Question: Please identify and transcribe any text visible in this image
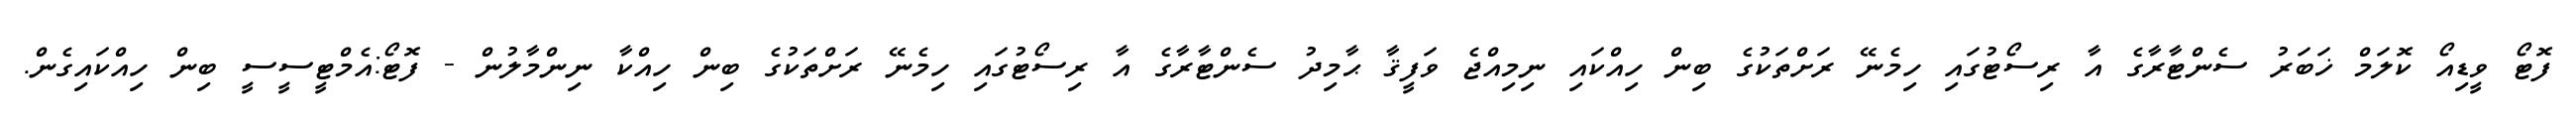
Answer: ފޮޓޯ ވީޑިއޯ ކޮލަމް ޚަބަރު ސެންޓާރާގެ އާ ރިސޯޓުގައި ހިމެނޭ ރަށްތަކުގެ ބިން ހިއްކައި ނިމިއްޖެ ވަފީޤާ ޙާމިދު ސެންޓާރާގެ އާ ރިސޯޓުގައި ހިމެނޭ ރަށްތަކުގެ ބިން ހިއްކާ ނިންމާލުން - ފޮޓޯ:އެމްޓީސީސީ ބިން ހިއްކައިގެން.